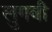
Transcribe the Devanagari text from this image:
लुगवी